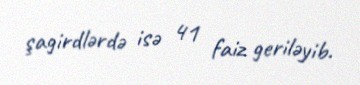
şagirdlərdə isə 41 faiz geriləyib.